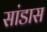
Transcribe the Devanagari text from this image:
सांडास